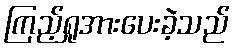
ကြည့်ရှုအားပေးခဲ့သည်